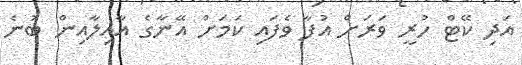
އަދި ކޭޓް ހުރީ ވަރަށް އުފާ ވެފައި ކަމަށް އޭނާގެ އާއިލާއިން ބުނެ